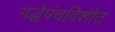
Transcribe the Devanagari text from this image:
गद्धेपंचविशीत